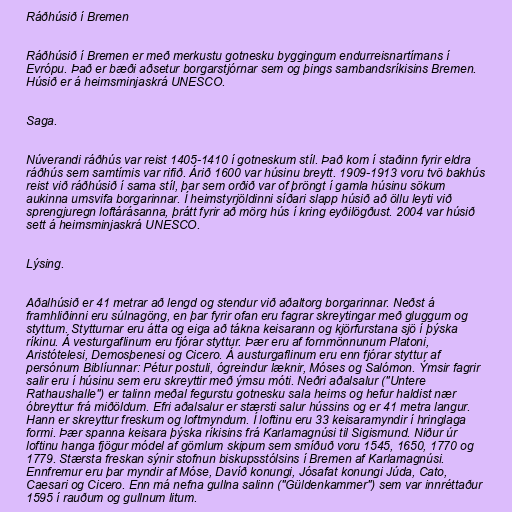
Ráðhúsið í Bremen

Ráðhúsið í Bremen er með merkustu gotnesku byggingum endurreisnartímans í
Evrópu. Það er bæði aðsetur borgarstjórnar sem og þings sambandsríkisins Bremen.
Húsið er á heimsminjaskrá UNESCO.

Saga.

Núverandi ráðhús var reist 1405-1410 í gotneskum stíl. Það kom í staðinn fyrir eldra
ráðhús sem samtímis var rifið. Árið 1600 var húsinu breytt. 1909-1913 voru tvö bakhús
reist við ráðhúsið í sama stíl, þar sem orðið var of þröngt í gamla húsinu sökum
aukinna umsvifa borgarinnar. Í heimstyrjöldinni síðari slapp húsið að öllu leyti við
sprengjuregn loftárásanna, þrátt fyrir að mörg hús í kring eyðilögðust. 2004 var húsið
sett á heimsminjaskrá UNESCO.

Lýsing.

Aðalhúsið er 41 metrar að lengd og stendur við aðaltorg borgarinnar. Neðst á
framhliðinni eru súlnagöng, en þar fyrir ofan eru fagrar skreytingar með gluggum og
styttum. Stytturnar eru átta og eiga að tákna keisarann og kjörfurstana sjö í þýska
ríkinu. Á vesturgaflinum eru fjórar styttur. Þær eru af fornmönnunum Platoni,
Aristótelesi, Demosþenesi og Cicero. Á austurgaflinum eru enn fjórar styttur af
persónum Biblíunnar: Pétur postuli, ógreindur læknir, Móses og Salómon. Ýmsir fagrir
salir eru í húsinu sem eru skreyttir með ýmsu móti. Neðri aðalsalur ("Untere
Rathaushalle") er talinn meðal fegurstu gotnesku sala heims og hefur haldist nær
óbreyttur frá miðöldum. Efri aðalsalur er stærsti salur hússins og er 41 metra langur.
Hann er skreyttur freskum og loftmyndum. Í loftinu eru 33 keisaramyndir í hringlaga
formi. Þær spanna keisara þýska ríkisins frá Karlamagnúsi til Sigismund. Niður úr
loftinu hanga fjögur módel af gömlum skipum sem smíðuð voru 1545, 1650, 1770 og
1779. Stærsta freskan sýnir stofnun biskupsstólsins í Bremen af Karlamagnúsi.
Ennfremur eru þar myndir af Móse, Davíð konungi, Jósafat konungi Júda, Cato,
Caesari og Cicero. Enn má nefna gullna salinn ("Güldenkammer") sem var innréttaður
1595 í rauðum og gullnum litum.